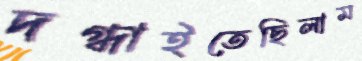
দগ্ধাইতেছিলাম